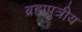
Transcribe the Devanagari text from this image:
ब्रह्मपुत्रीय